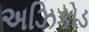
અઝિકોડ